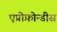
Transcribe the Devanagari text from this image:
एप्रोफ़ोन्डीस